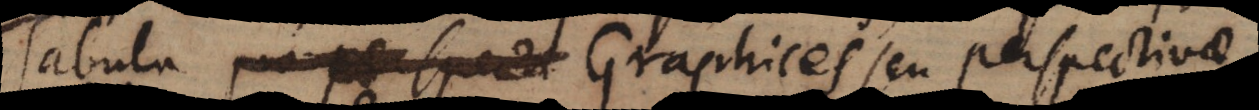
Tabula Graphices seu perspectivae.